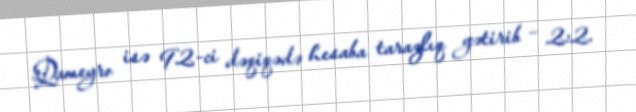
Qameyro isə 92-ci dəqiqədə hesaba tarazlıq gətirib – 2:2.